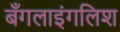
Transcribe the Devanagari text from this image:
बँगलाइंगलिश